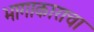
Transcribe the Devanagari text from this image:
भागाकाराचा